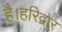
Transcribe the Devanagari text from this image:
है।हरिद्वार